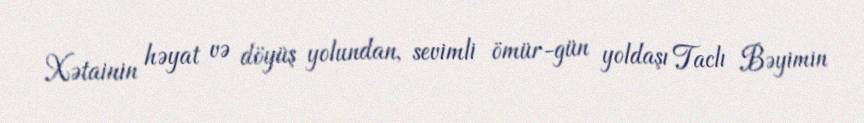
Xətainin həyat və döyüş yolundan, sevimli ömür-gün yoldaşı Taclı Bəyimin